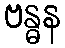
ဗန္ဓန